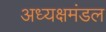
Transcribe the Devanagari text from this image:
अध्यक्षमंडल